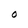
Character: O